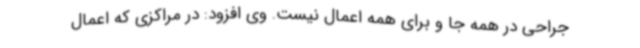
جراحی در همه جا و برای همه‌ اعمال نیست. وی افزود: در مراکزی که اعمال